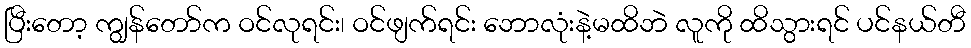
ပြီးတော့ ကျွန်တော်က ဝင်လုရင်း၊ ဝင်ဖျက်ရင်း ဘောလုံးနဲ့မထိဘဲ လူကို ထိသွားရင် ပင်နယ်တီ